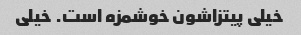
خیلی پیتزاشون خوشمزه است. خیلی